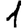
Digit: 1